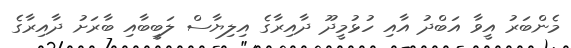
މެންބަރު އީވާ އަބްދު އާއި ހުޅުމީދޫ ދާއިރާގެ އިލިޔާސް ލަބީބާއި ބާރަށު ދާއިރާގެ